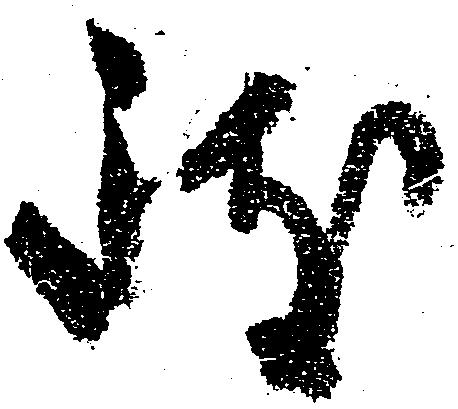
致